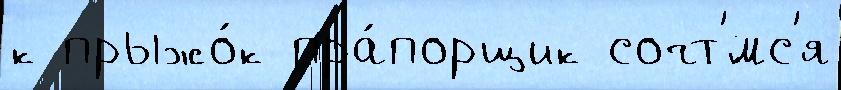
к прыжо́к пра́порщик сочт'́мс'я